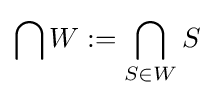
\bigcap W:=\bigcap _{S\in W}S